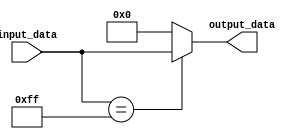
module Generate_Parameterized_Module #(parameter WIDTH = 8) (
    input [WIDTH-1:0] input_data,
    output [WIDTH-1:0] output_data
);

// Internal variables
reg [WIDTH-1:0] internal_data;

// Conditional statements
always @ (input_data)
begin
    if (input_data == 8'hFF) begin
        internal_data <= input_data;
    end else begin
        internal_data <= 8'h00;
    end
end

// Assignments
assign output_data = internal_data;

endmodule